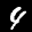
Label: 4